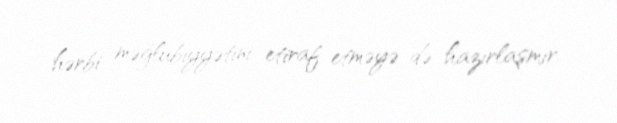
hərbi məğlubiyyətini etiraf etməyə də hazırlaşmır.